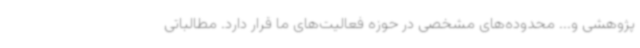
پژوهشی و... محدوده‌های مشخصی در حوزه فعالیت‌های ما قرار دارد. مطالباتی